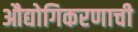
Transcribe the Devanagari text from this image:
औद्योगिकरणाची